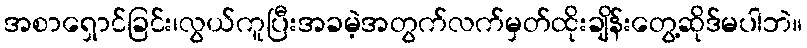
အစာရှောင်ခြင်း၊လွယ်ကူပြီးအခမဲ့အတွက်လက်မှတ်ထိုးချိန်းတွေ့ဆိုဒ်မပါဘဲ။